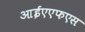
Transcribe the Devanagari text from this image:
आईएएफएस